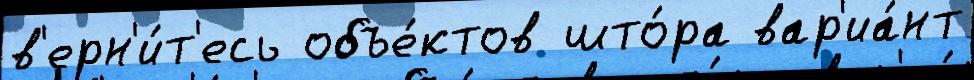
в'ерн'и́т'есь объе́ктов што́ра вар'иа́нт